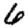
Digit: 6